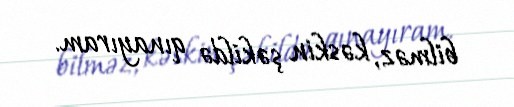
bilməz, kəskin şəkildə qınayıram.